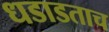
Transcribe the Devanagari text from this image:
धडाडताच